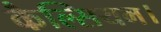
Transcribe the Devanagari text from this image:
कैल्सियम।